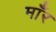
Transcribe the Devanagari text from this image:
माँर